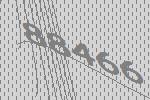
88466